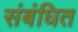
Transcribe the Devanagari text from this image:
संबंघित